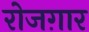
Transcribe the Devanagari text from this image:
रोजग़ार